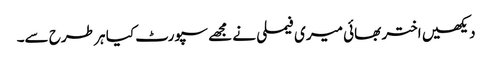
دیکھیں اختر بھائی میری فیملی نے مجھے سپورٹ کیا ہر طرح سے۔